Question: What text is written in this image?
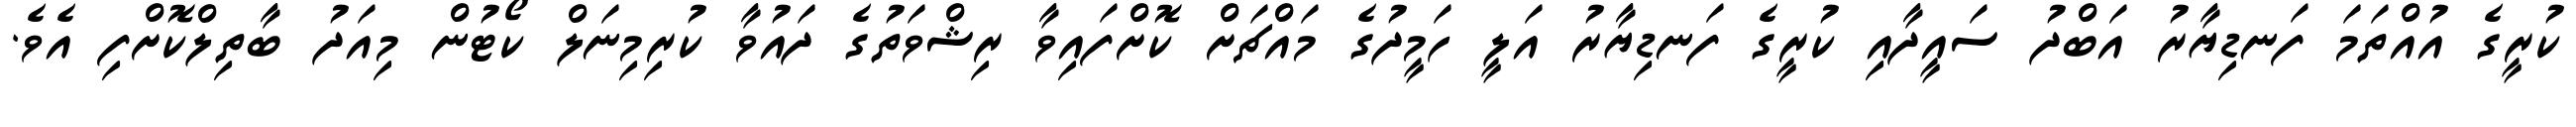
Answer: ކުރީގެ އުއްތަމަ ފަނޑިޔާރު އަބްދު ސައީދާއި ކުރީގެ ފަނޑިޔާރު އަލީ ހަމީދުގެ މައްޗަށް ކޮށްފައިވާ ރިޝްވަތުގެ ދައުވާ ކުރިމިނަލް ކޯޓުން މިއަދު ބާތިލްކޮށްފި އެވެ.